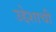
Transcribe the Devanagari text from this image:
उद्देशाची